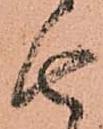
由